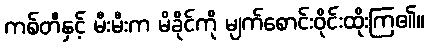
ကစ်တီနှင့် မီးမီးက မိခိုင်ကို မျက်စောင်းဝိုင်းထိုးကြ၏။